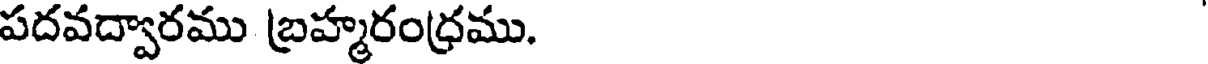
పదవద్వారము బ్రహ్మరంధ్రము.